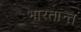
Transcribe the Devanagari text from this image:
भारतान्त